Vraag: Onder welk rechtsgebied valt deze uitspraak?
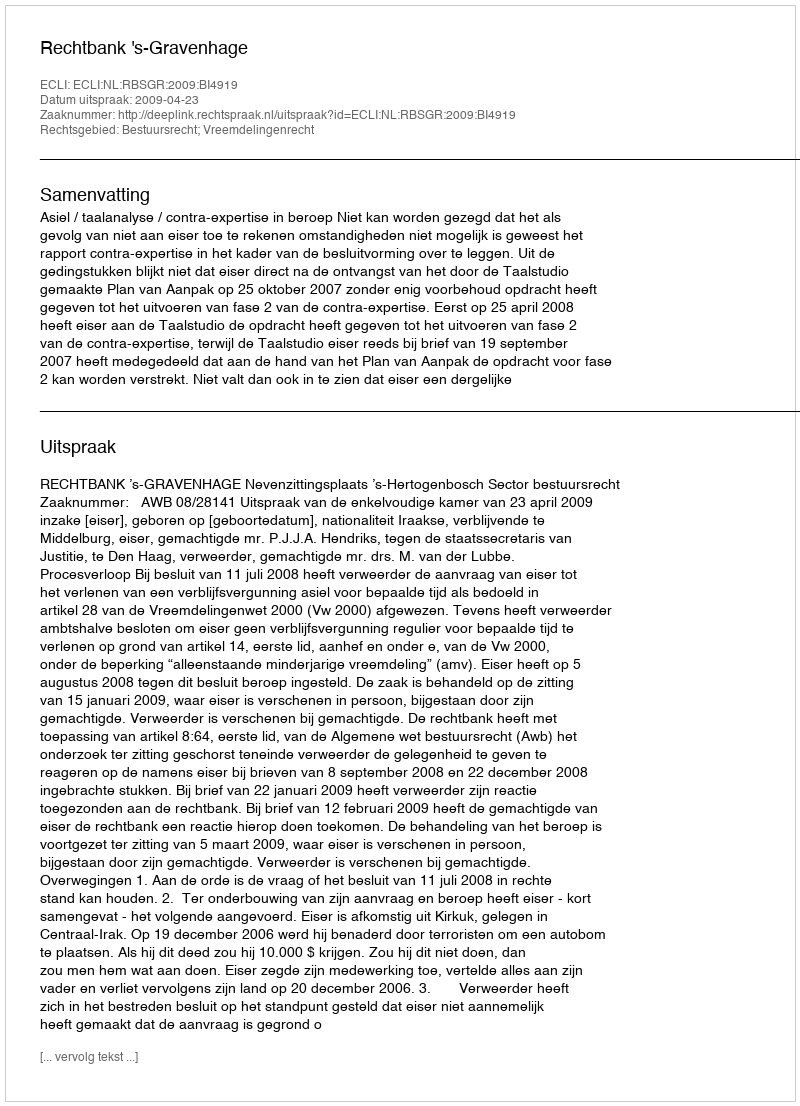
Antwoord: Bestuursrecht; Vreemdelingenrecht